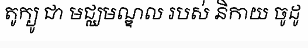
តូក្យូ ជា មជ្ឈមណ្ឌល របស់ និកាយ ចូដូ